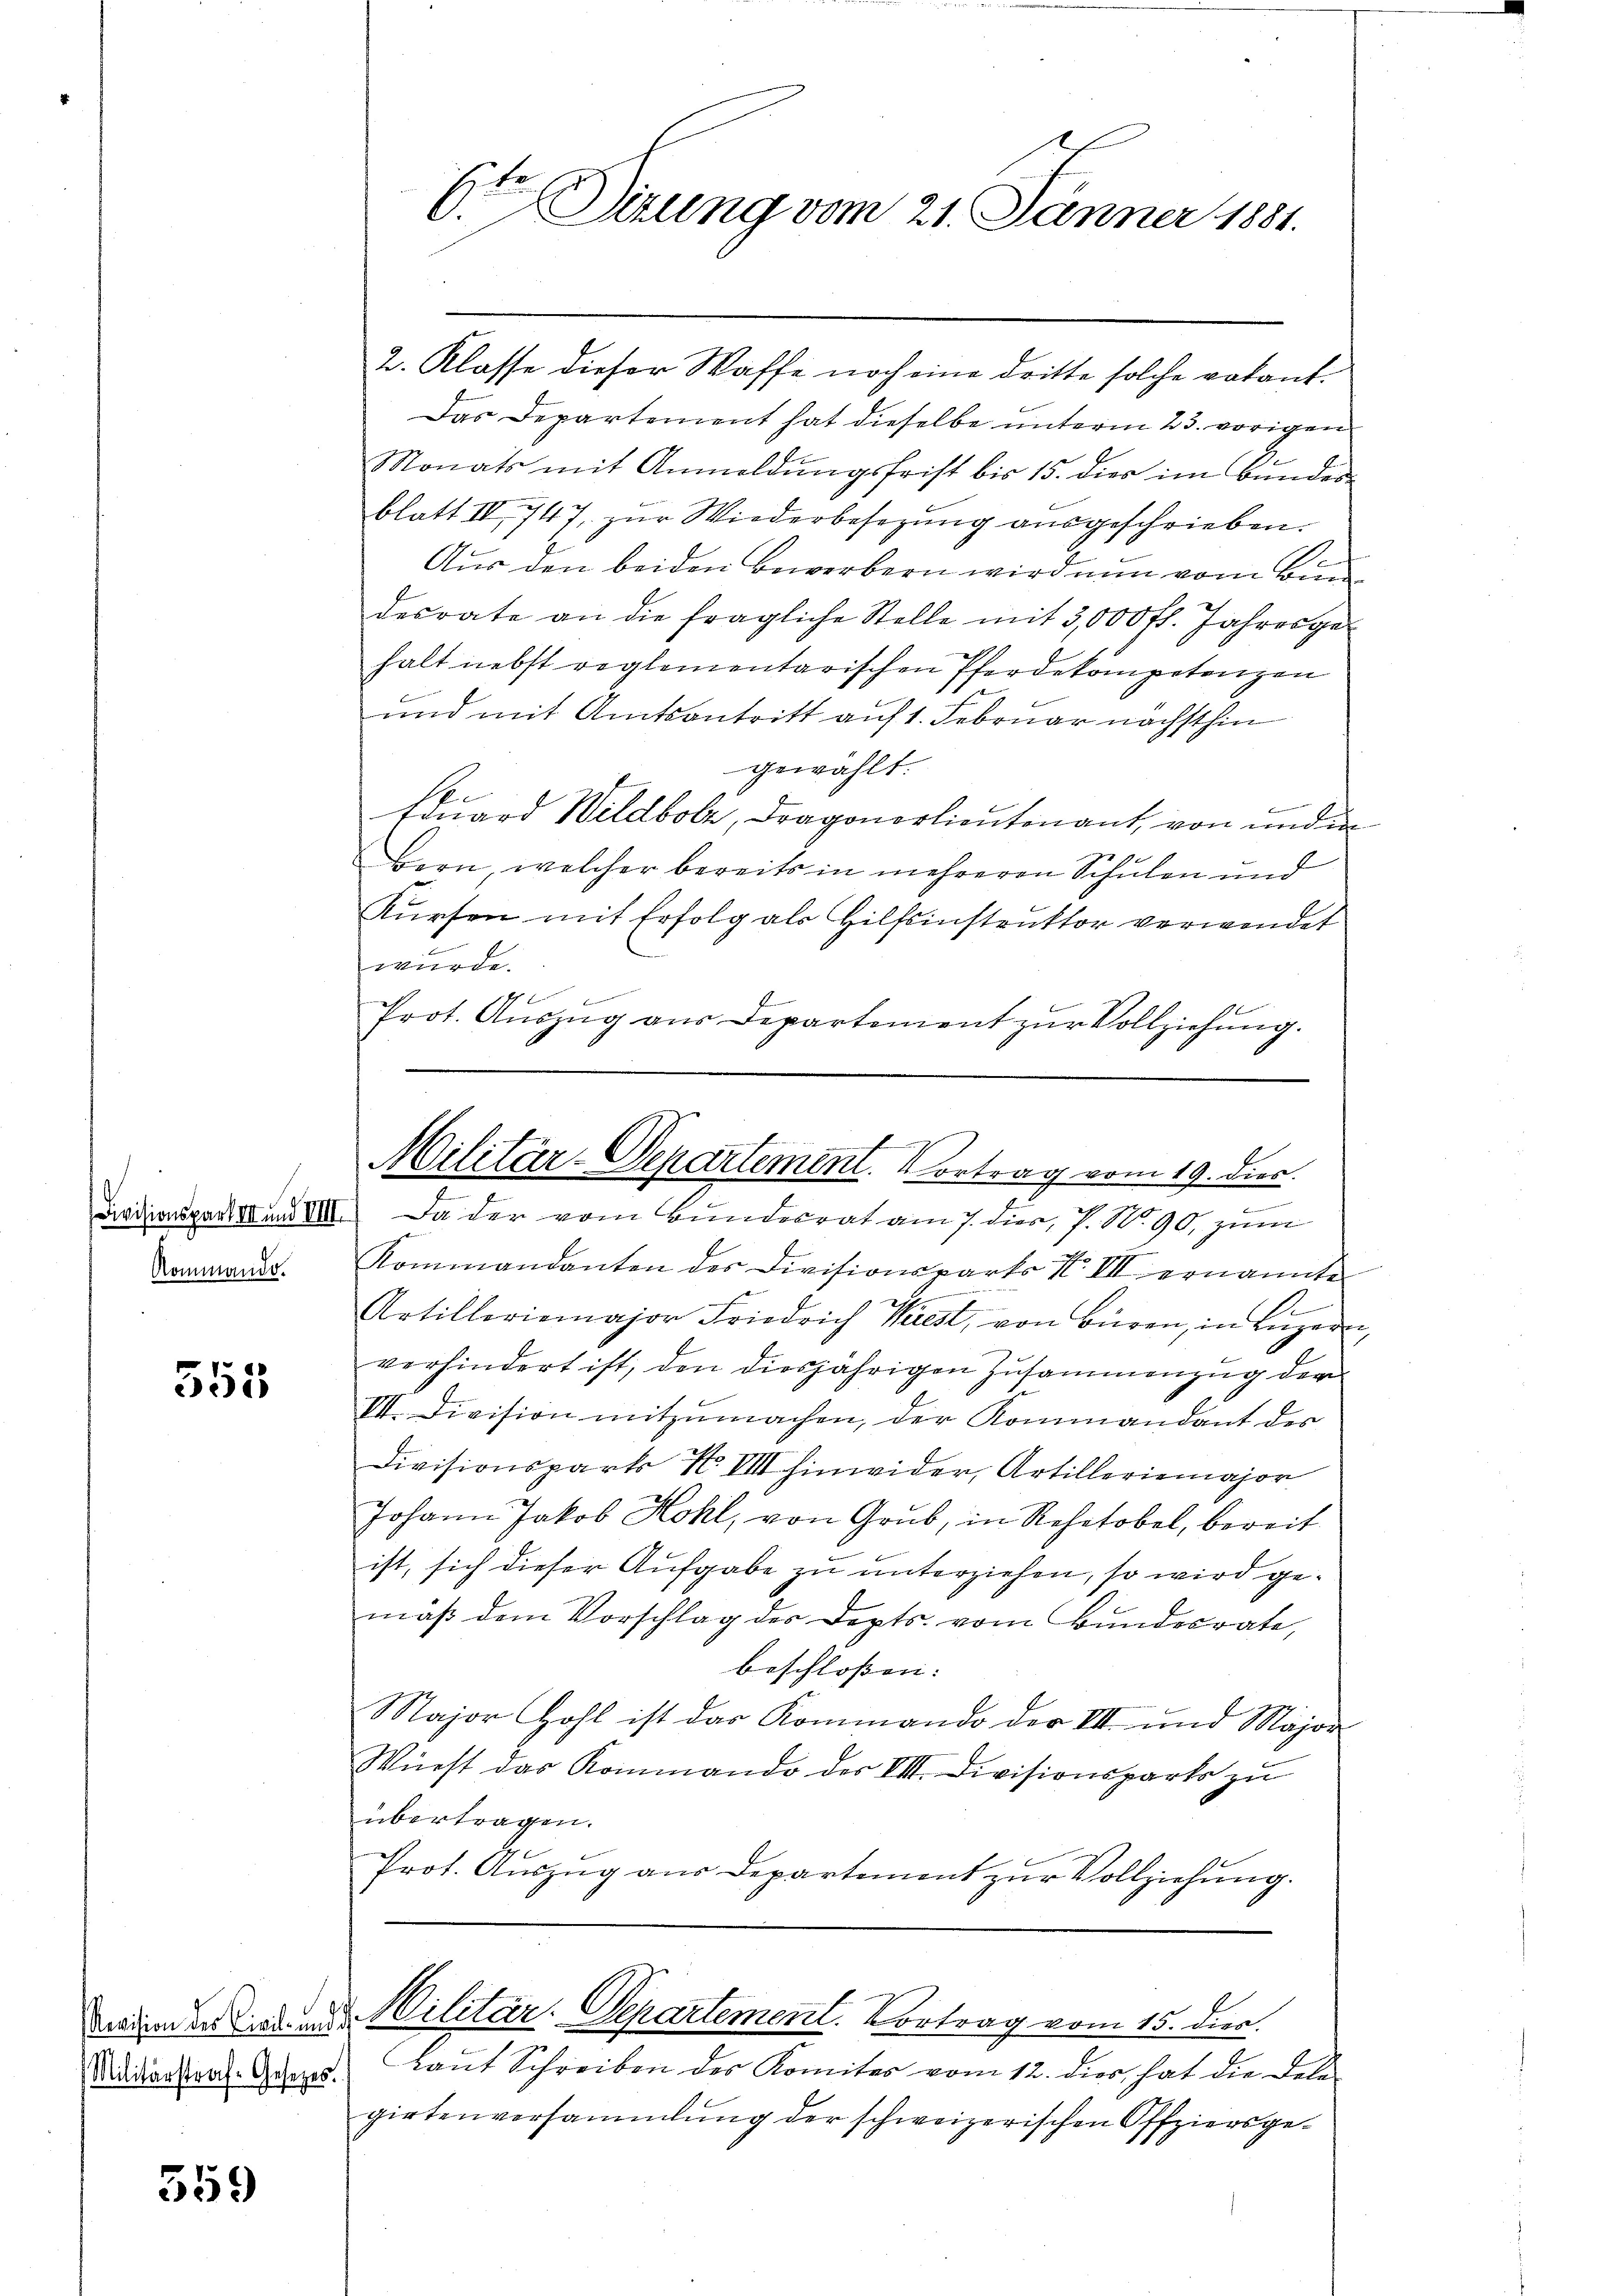
Rommando.

555

559

Militärstraf-Gesetzes.

6ten Sirung vom 21. Jänner 1881.

2. Klasse dieser Waffe noch eine dritte solche vakant¬
Das Departement hat dieselbe unterm 23. vorigen
Monats mit Anmeldŭngsfrist bis 15. dies im Bundes
blatt IV 747, zur Wiederbesezung ausgeschrieben.
Aus den beiden Bewerbern wird nun vom Bun
desrate an die fragliche Stelle mit 3,000 fl. Jahresge
halt nebst reglementarischen Pferdekompetenzen
und mit Amtsantritt auf 1. Februar nächsthin
gewählt.
d
Eduard Wildbolz, Dragonerlieutenant, von und in
g
Bern, welcher bereits in mehreren Schulen und
Kürfen mit Erfolg als Hilfsinstruktor verwendet
würde.
Prot. Aŭszŭg aŭs Departement zŭr Vollziehŭng.

Diadionsgarten III. Da der vom Bundesrat am 7. dies, 7. No. 90, zum
Kommandanten des Divisionsparts No III ernannte
Artilleriemajor Friedrich Krest, von Büren, in Lŭzer
verhindert ist, den diesjährigen Zusammenzug der
III. Division mitzumachen, der Kommandant des
Divisionspart N. VIII hinwider, Artilleriemajor
Johann Jakob Hohl, von Grub, in Rehetobel, bereit
ist, sich dieser Aufgabe zu unterziehen, so wird gemäß dem Vorschlag des Depts vom Bundesrate,
beschloßen:
Major Hohl ist das Kommando der VIII und Major
Würst das Kommando der VII. Divisionsparte zu
übertragen.
Prot. Auszug aus Departement zur Vollziehung.
mimenten Militär. Separtement. Vortrag vom 15. Dier.
Laŭt Schreiben des Komiter vom 12. dies hat die Dele-
girtenversammlung der schweizerischen Offziersge¬

Militär-Departement. Vortrag vom 19. dies
e